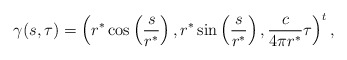
\begin{align*}\gamma(s,\tau)=\left( r^*\cos\left( \frac{s}{r^*}\right), r^*\sin\left( \frac{s}{r^*}\right), \frac{c}{4\pi r^*}\tau\right)^t,\end{align*}